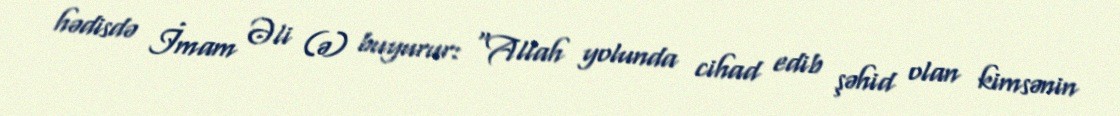
hədisdə İmam Əli (ə) buyurur: "Allah yolunda cihad edib şəhid olan kimsənin